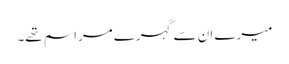
میرے ان سے گہرے مراسم تھے۔